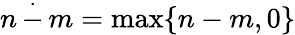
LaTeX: n\, {\stackrel{.}{-}}\, m=\operatorname*{max}\{ n-m,0\}